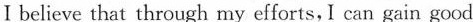
Ⅰ believe that through my efforts,I can gain good